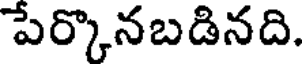
పేర్కొనబడినది.